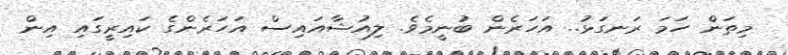
މިތަން ހަމަ ރަނގަޅު.. އަހަރެން ބުނީމެވެ. ލިއުޝާއައިސް އަހަރެންގެ ކައިރީގައި އިން